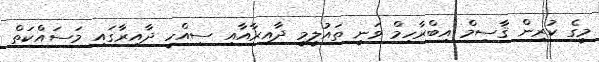
މީގެ ކުރިން ޤާސިމް އިބްރާހިމް ވަނީ ތައުލީމީ ދާއިރާއާއި ސިއްހީ ދާއިރާގައި މަސައްކަތް